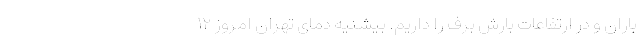
باران و در ارتفاعات بارش برف را داریم. بیشنیه دمای تهران امروز ۱۲